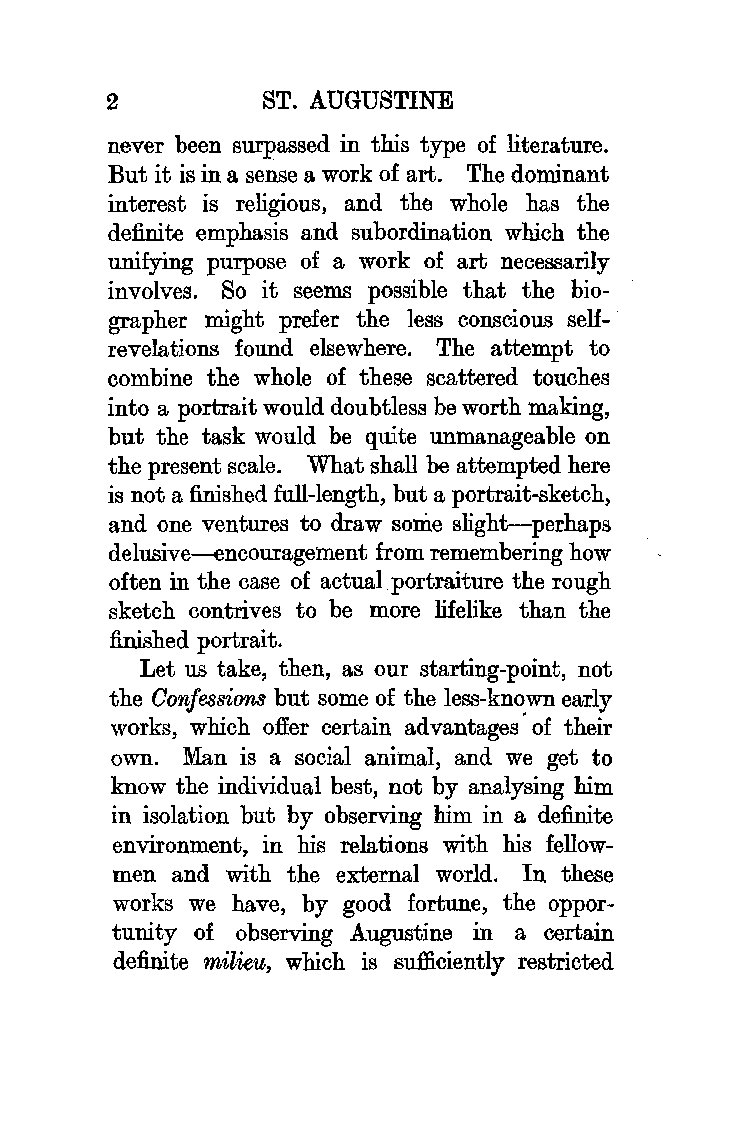
2          ST. AUGUSTINE
 never been surpassed in this type of literature.
 But it is in a sense a work of art. The dominant
 interest is religious, and the whole has the
 definite emphasis and subordination which the
 unifying purpose of a work of art necessarily
 involves. So it seems possible that the bio
 grapher might prefer the less conscious self
 revelations found elsewhere. The attempt to
 combine the whole of these scattered touches
 into a portrait would doubtless be worth making,
 but the task would be quite unmanageable on
 the present scale. What shall be attempted here
 is not a finished full-length, but a portrait-sketch,
 and one ventures to draw so:nie slight-perhaps
 delusive-encouragement from remembering how
 often in the case of actual portraiture the rough
 sketch contrives to be more lifelike than the
 finished portrait.
 Let us take, then, as our starting-point, not
 the Confessions but some of the less-known early
 works, which offer certain advantages· of their
 own. Man is a social animal, and we get to
 know the individual best, not by analysing him
 in isolation but by observing him in a definite
 environment, in his relations with his fellow
 men and with the external world. In these
 works we have, by good fortune, the oppor
 tunity of observing Augustine in a certain
 definite milieu, which is sufficiently restricted